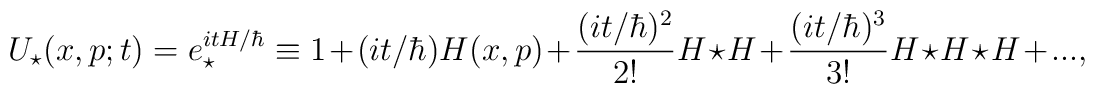
U_{\star} (x,p;t)=e_\star ^{itH/\hbar} \equiv 1+(it/\hbar)H(x,p) + {(it/\hbar)^2\over 2!}  H\star H +{(it/\hbar )^3\over 3!}  H\star H\star H +...,